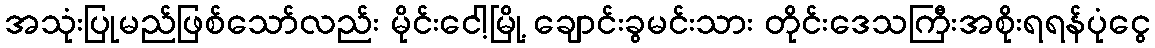
အသုံးပြုမည်ဖြစ်သော်လည်း မိုင်းငေါ့မြို့ ချောင်းခွမင်းသား တိုင်းဒေသကြီးအစိုးရရန်ပုံငွေ